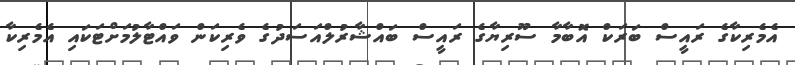
އެމެރިކާގެ ރައީސް ބަރަކް އޮބާމާ ސޫރިޔާގެ ރައީސް ބައްޝާރުލްއަސަދުގެ ވެރިކަން ވައްޓާލުމަށްޓަކައި އެމެރިކާ